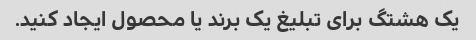
یک هشتگ برای تبلیغ یک برند یا محصول ایجاد کنید.